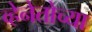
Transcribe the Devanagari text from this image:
व्हेनेतोच्या